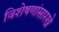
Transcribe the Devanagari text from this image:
विशेषणांसारखे